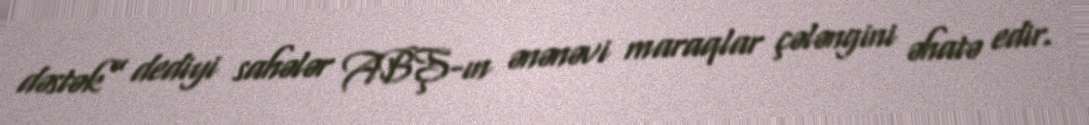
dəstək” dediyi sahələr ABŞ-ın ənənəvi maraqlar çələngini əhatə edir.